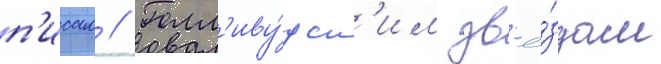
п'исал // Голл'иву́дск'им зв'ё́здам